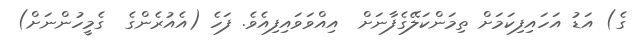
ގެ) އަޑު އަހައިފިކަމަށް ތިމަންކަލޭގެފާނަށް  އިއްވަވައިފިއެވެ. ފަހެ (އެއުރެންގެ  ގެމީހުންނަށް)